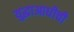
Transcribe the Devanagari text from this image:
युद्धाआधीची